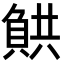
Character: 𧶯